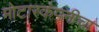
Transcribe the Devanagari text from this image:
मोटारकंपनीचा